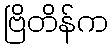
ဗြိတိန်က